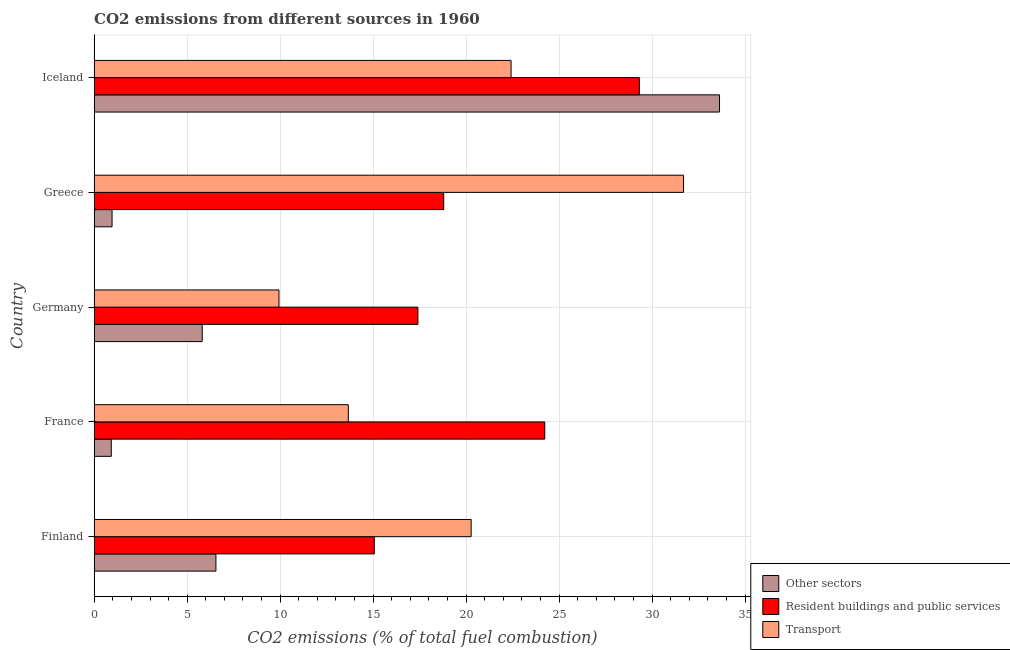
| Country | Other sectors | Resident buildings and public services | Transport |
 | --- | --- | --- | --- |
 | Finland | 6.54 | 15.1 | 20.3 |
 | France | 0.917 | 24.2 | 13.7 |
 | Germany | 5.81 | 17.4 | 9.93 |
 | Greece | 0.96 | 18.8 | 31.7 |
 | Iceland | 33.6 | 29.3 | 22.4 |